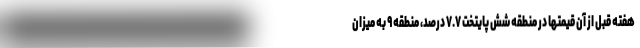
هفته قبل از آن قیمتها در منطقه شش پایتخت ۷.۷ درصد، منطقه ۹ به میزان